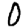
Digit: 0